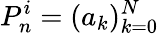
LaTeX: P_{n}^{i}=(a_{k})_{k=0}^{N}